Indian journal of veterinary science and animal husbandry - Volume 1,
Year: 1931
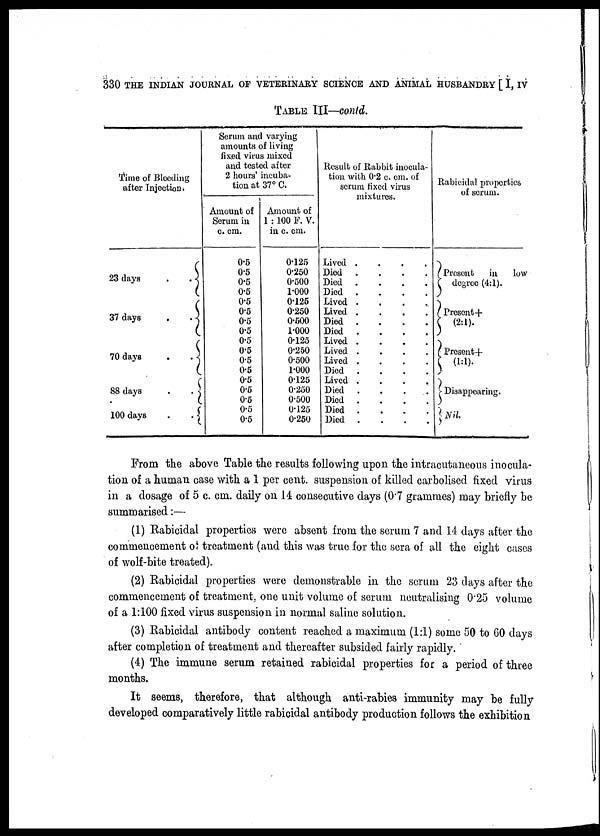
330 THE INDIAN JOURNAL OF VETERINARY SCIENCE AND ANIMAL HUSBANDRY [ I, IV
TABLE III—conld.
Time of Bleeding
after Injection.
23 days
37 days . . {
70 days . . {
88 days . . {
100 days . . {
Serum and varying
amounts of living
fixed virus mixed
and tested after
2 hours' incuba-
tion at 37° C.
Amount of
Serum in
c. cm.
0.5
0.5
0.5
0.5
0.5
0.5
0.5
0.5
0.5
0.5
0.5
0.5
0.5
0.5
0.5
0.5
0.5
Amount of
1 : 100 F. V.
in c. cm.
0.125
0.250
0.500
1.000
0.125
0.250
0.500
1.000
0.125
0.250
0.500
1.000
0.125
0.250
0.500
0.125
0.250
Result of Rabbit inocula-
tion with 0.2 c. cm. of
scrum fixed virus
mixtures.
Lived
....
Died ....
Died ....
Died ....
Lived ....
Lived
....
Died ....
Died ....
Lived
....
Lived ....
Lived ....
Died ....
Lived ....
Died ....
Died ....
Died ....
Died ....
Rabicidal properties
of serum.
}Present
in
low
degree (4:1).
} Present+
(2:1).
} Present.+
(1:1).
} Disappearing.
} Nil.
From the above Table the results following upon the intracutaneous inocula-
tion of a human case with a 1 per cent. suspension of killed carbolised fixed virus
in a dosage of 5 c. cm. daily on 14 consecutive days (0.7 grammes) may briefly be
summarised:—
(1) Rabicidal properties were absent from the serum 7 and 14 days after the
commencement of treatment (and this was true for the sera of all the eight cases
of wolf.bite treated).
(2) Rabicidal properties were demonstrable in the serum 23 days after the
commencement of treatment, one unit volume of serum neutralising 0.25 volume
of a 1:100 fixed virus suspension in normal saline solution.
(3) Rabicidal antibody content reached a maximum (1:1) some 50 to 60 days
after completion of treatment and thereafter subsided fairly rapidly.
(4) The immune serum retained rabicidal properties for a period of three
months.
It seems, therefore, that although anti-rabies immunity may be fully
developed comparatively little rabicidal antibody production follows the exhibition